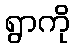
ရွာကို